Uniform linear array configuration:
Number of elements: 16
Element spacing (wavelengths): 0.75
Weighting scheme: hann
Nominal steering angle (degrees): -60
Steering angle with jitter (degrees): -58.895
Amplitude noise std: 0.05
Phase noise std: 0.05

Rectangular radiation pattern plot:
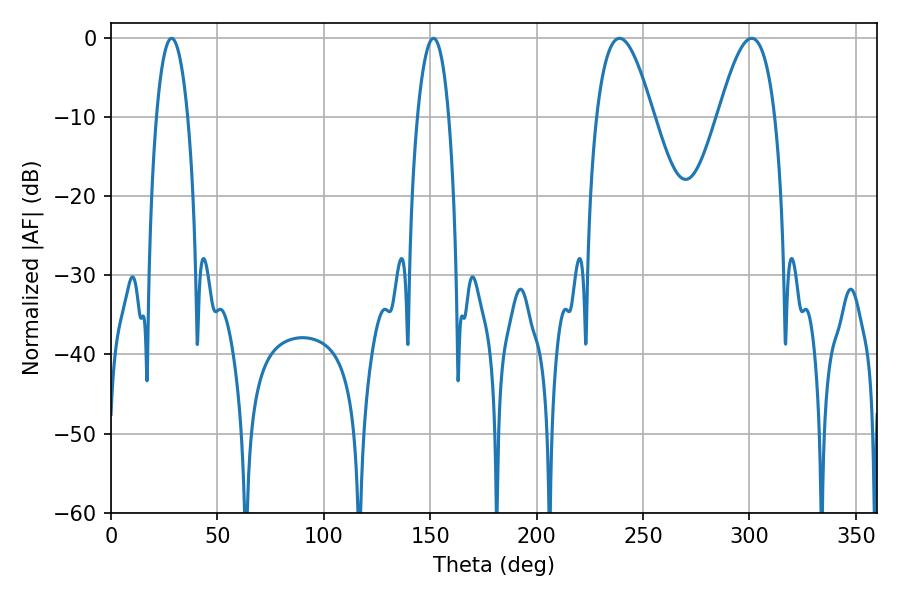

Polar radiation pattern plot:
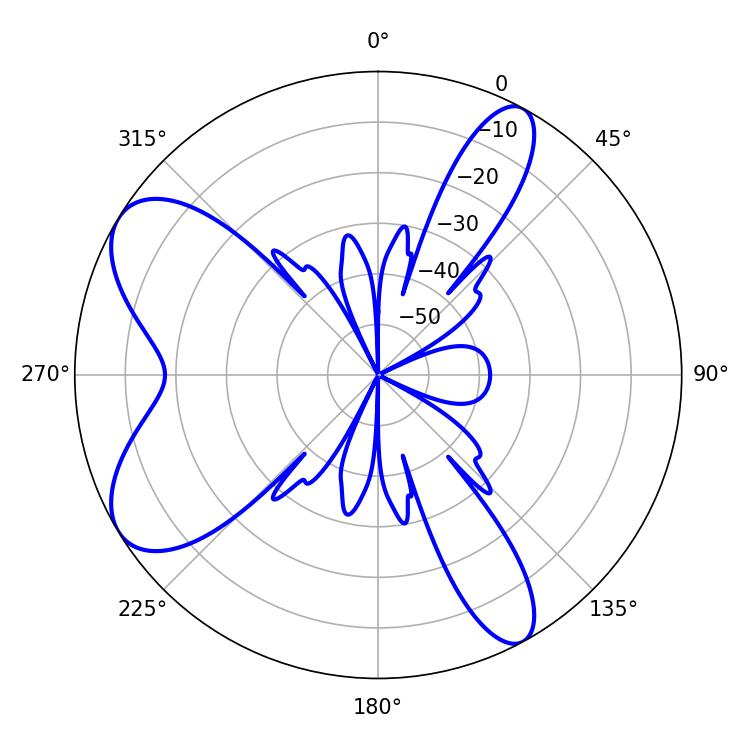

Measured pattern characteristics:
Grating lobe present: TRUE
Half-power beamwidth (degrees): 8.1
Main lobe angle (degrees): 28.44